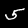
Label: 5